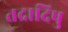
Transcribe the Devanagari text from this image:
तदादिषु